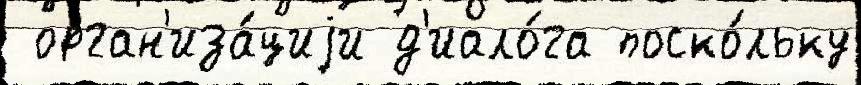
 орган'иза́циjи д'иало́га поско́льку